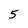
Character: 5